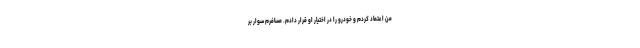
من اعتماد کردم و خودرو را در اختیار او قرار دادم. مسافرم سوار بر